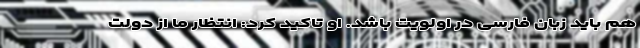
هم باید زبان فارسی در اولویت باشد. او تاکید کرد: انتظار ما از دولت